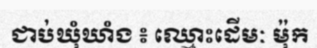
ជាប់ឃុំឃាំង ៖ ឈ្មោះដើមៈ ម៉ុក